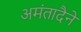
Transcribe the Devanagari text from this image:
अमंतादैने